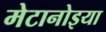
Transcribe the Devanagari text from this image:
मेटानोइया